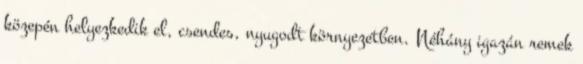
közepén helyezkedik el, csendes, nyugodt környezetben. Néhány igazán remek